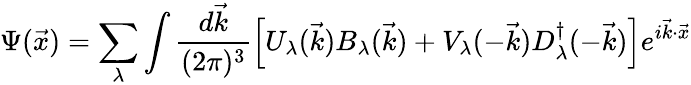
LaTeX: \Psi(\vec{x})=\sum_{\lambda}\int\frac{d\vec{k}}{(2\pi)^{3}}\left[U_{\lambda}(\vec{k})B_{\lambda}(\vec{k})+V_{\lambda}(-\vec{k})D_{\lambda}^{\dagger}(-\vec{k})\right]e^{i\vec{k}\cdot\vec{x}}